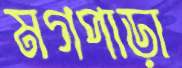
মগপাড়া